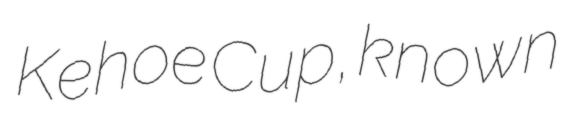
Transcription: Kehoe Cup, known